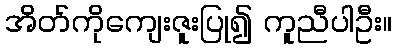
အိတ်ကိုကျေးဇူးပြု၍ ကူညီပါဦး။